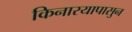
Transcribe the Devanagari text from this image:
किनारयापासुन